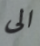
الى